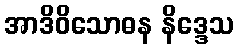
အာဒိဝိသောဓန နိဒ္ဒေသ